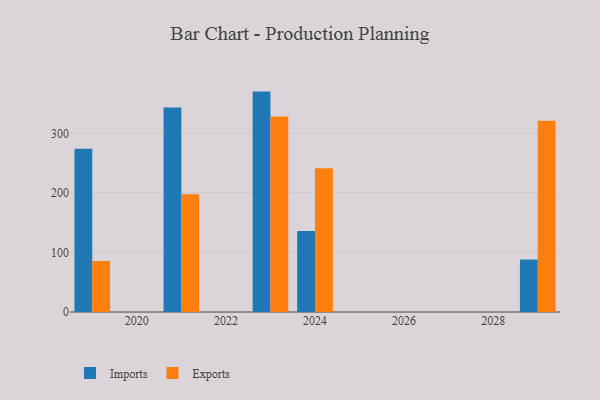
{"axis": {"x": "Year", "y": "Customer Acquisition Cost (USD)"}, "legend": ["Exports", "Imports"], "data": [{"x": "2021", "y": 343.3, "type": "Imports"}, {"x": "2021", "y": 197.9, "type": "Exports"}, {"x": "2024", "y": 136.2, "type": "Imports"}, {"x": "2024", "y": 241.5, "type": "Exports"}, {"x": "2019", "y": 274.3, "type": "Imports"}, {"x": "2019", "y": 85.7, "type": "Exports"}, {"x": "2023", "y": 370.1, "type": "Imports"}, {"x": "2023", "y": 328.1, "type": "Exports"}, {"x": "2029", "y": 88.2, "type": "Imports"}, {"x": "2029", "y": 321.3, "type": "Exports"}]}